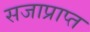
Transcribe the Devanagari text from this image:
सजाप्राप्त